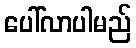
ပေါ်လာပါမည်